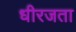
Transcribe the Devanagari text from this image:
धीरजता